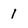
Character: 1